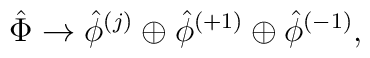
{\hat \Phi} \rightarrow  {\hat \phi}^{(j)} \oplus  {\hat \phi}^{(+1)}\oplus {\hat \phi}^{(-1)},